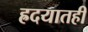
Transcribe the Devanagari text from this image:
ह्रदयातही